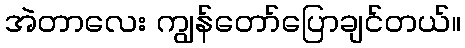
အဲတာလေး ကျွန်တော်ပြောချင်တယ်။